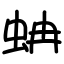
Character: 蚺